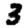
Digit: 3